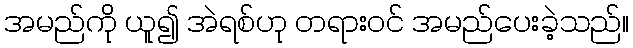
အမည်ကို ယူ၍ အဲရစ်ဟု တရားဝင် အမည်ပေးခဲ့သည်။